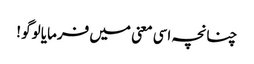
چنانچہ اسی معنی میں فرمایا لوگو !